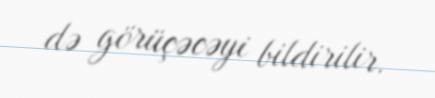
də görüçəcəyi bildirilir.